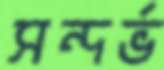
সন্দর্ভ